Indian journal of veterinary science and animal husbandry - Volume 7,
Year: 1937
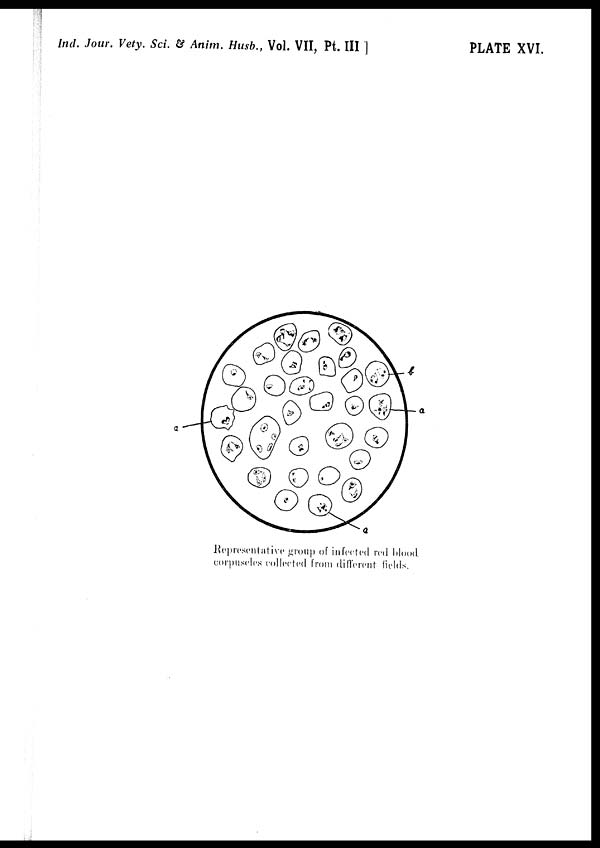
Ind. Jour. Vety. Sci. & Anim. Husb., Vol. VII, Pt. III ]
PLATE XVI.
Representative group of infected red blood
corpuseles collected from different fields.